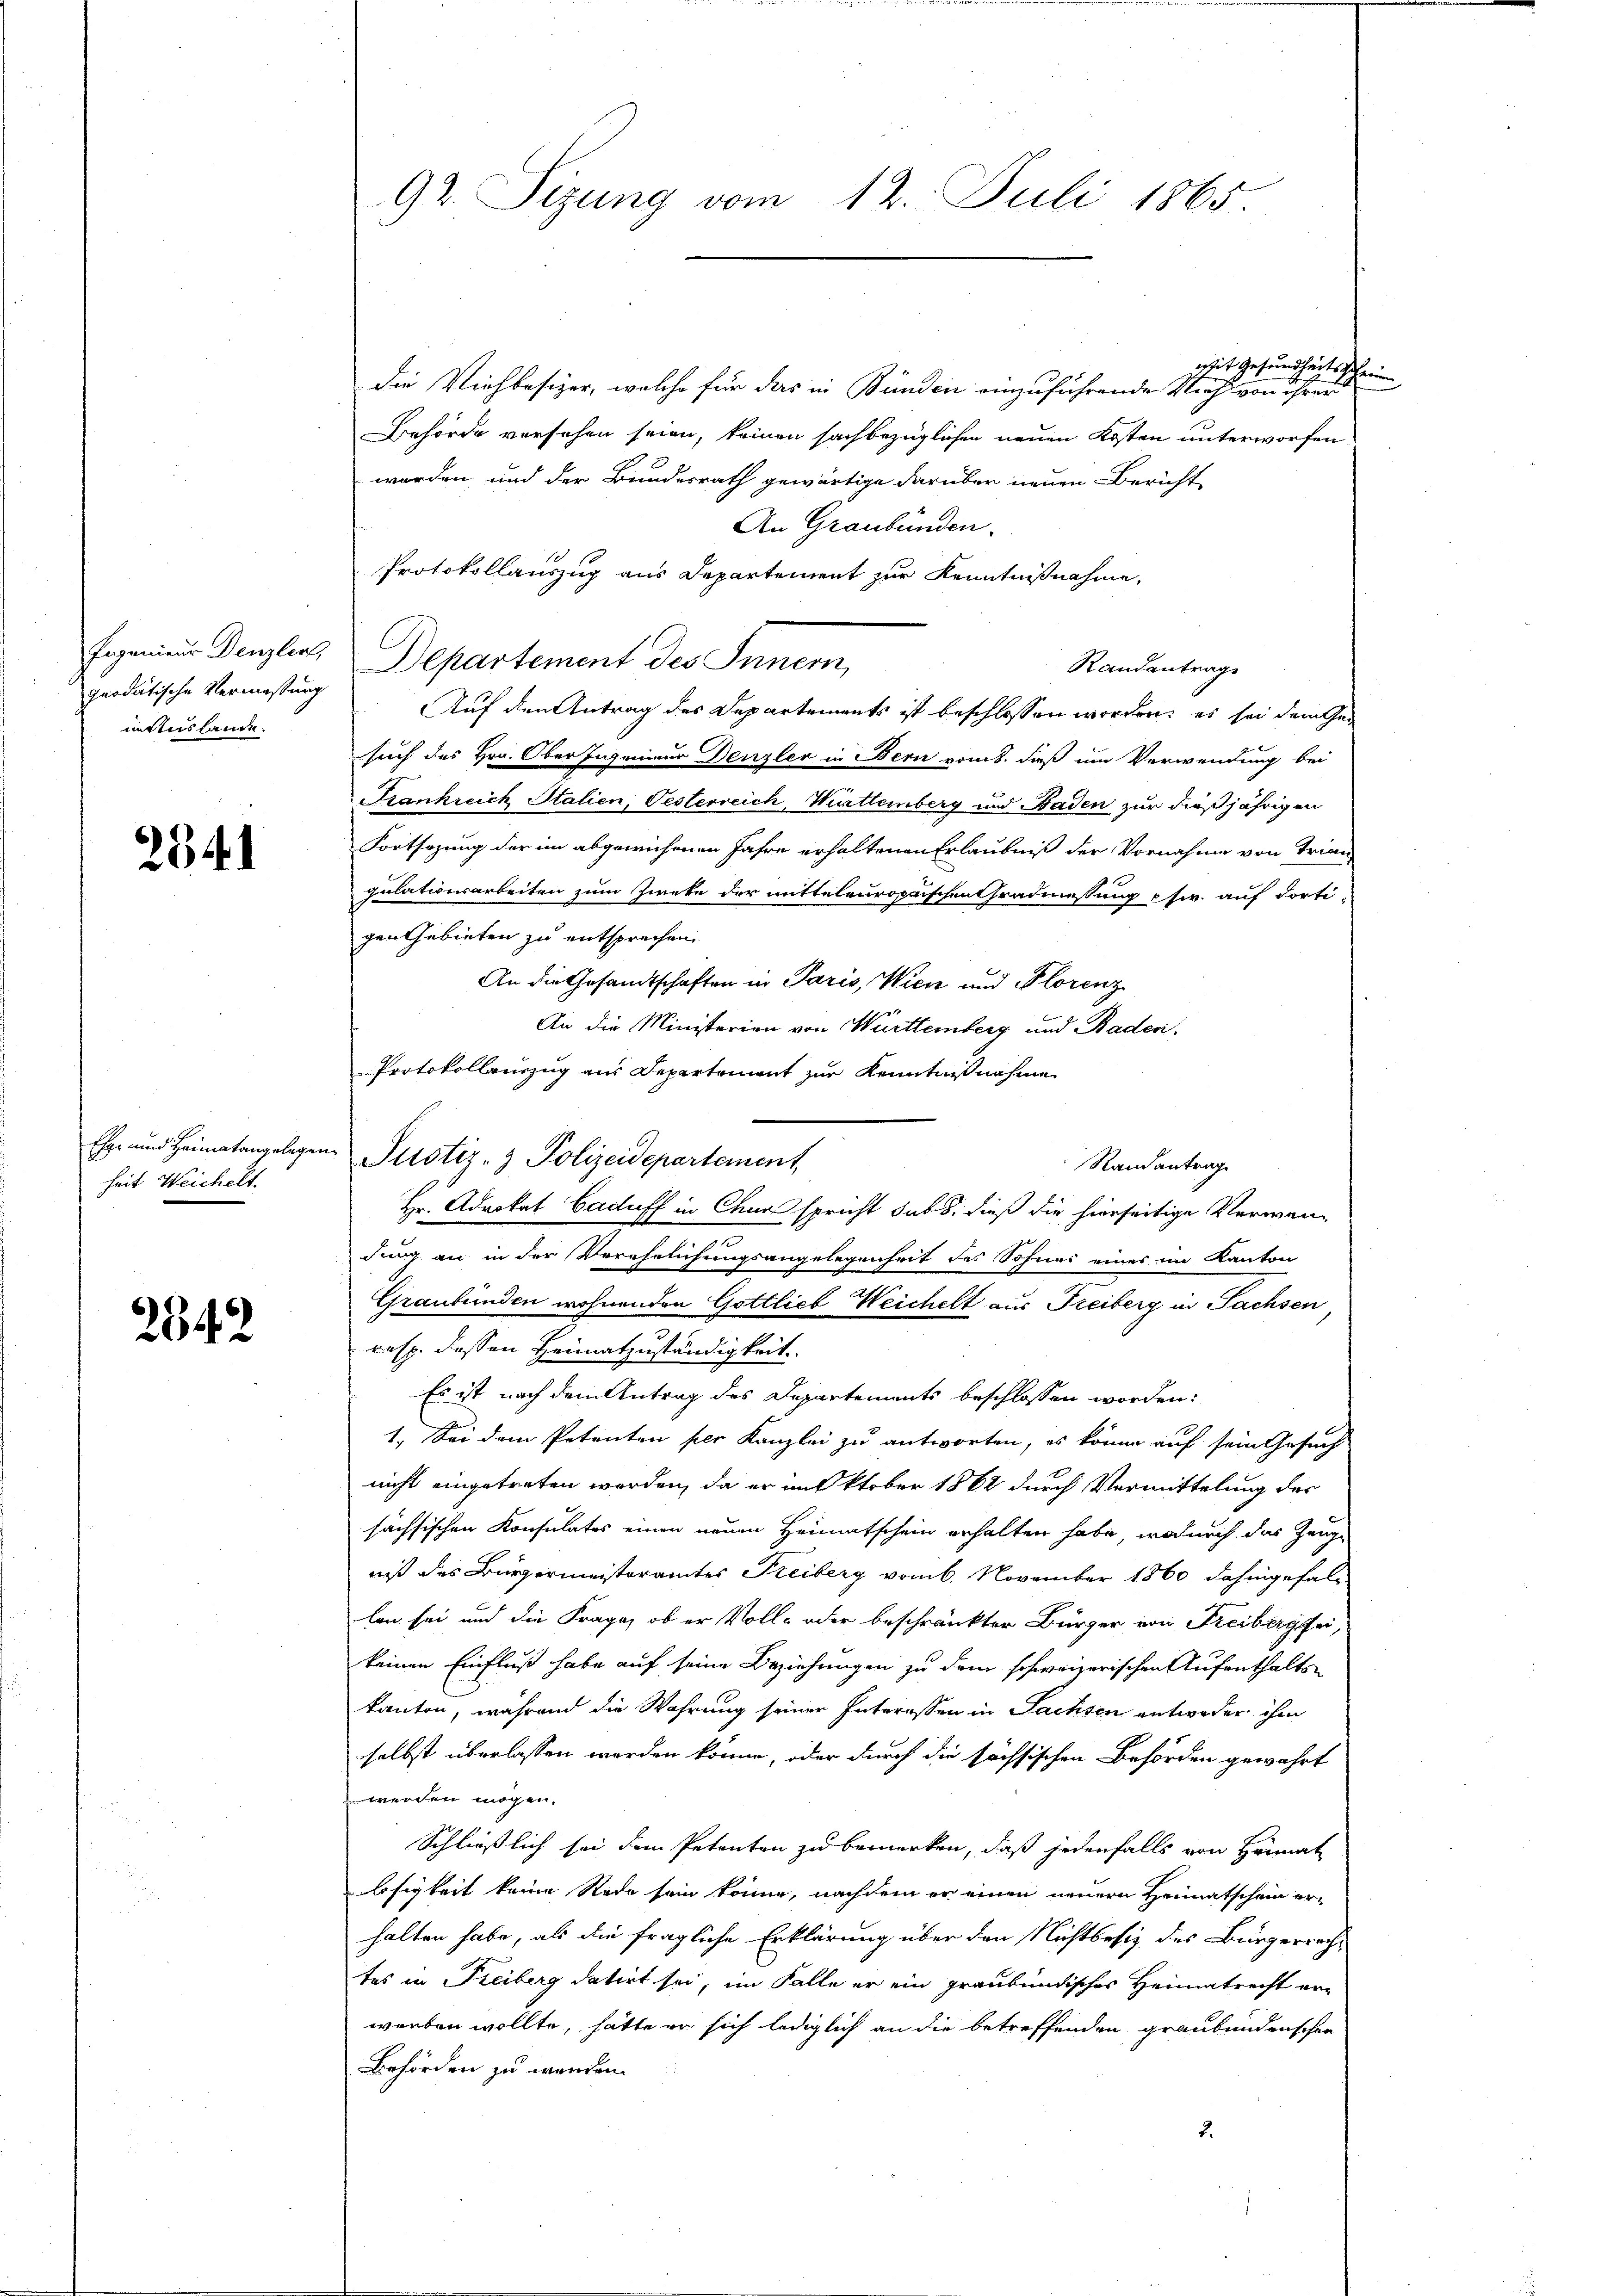
qeodatische Vermeßung
mans lande.

2541

heit Weichelt.

2342

Mit Gesundheitsscheine
Die Viehbesizer, welche für das in Bunden einzuführende Vieh von ihrer
Behörde versehen seien, keinen sachbezüglichen neuen Kosten unterworfen
werden, und der Bundesrath gewärtige darüber neuen Bericht
An Graubünden.
Protokollauszug aus Departement zur Kenntnißnahme,
Eigenieur Denzlers Departement des Innern,
Randantrag
Auf den Antrag des Departements ist beschlossen worden; es sei dem Gesuch des Hrn. Oberfigenieur Denzler in Bern vom 8. daß um Verwendung bei
Frankreich Italien, Oesterreich, Württemberg und Baden zur dießjährigen
Fortsezung der im abgewichenen Jahre erhaltenen Erlaubniß der Vornahme von Trien-
gulationsarbeiten zum Zweke der mitteleuropaischen Gradmessung usw. auf dorti-
gen Gebieten zu entsprechen.
An die Gesandtschaften in Paris, Wien und Plorenz
An die Ministerien von Württemberg und Baden.
Protokollenzug aus Departement zur Kenntnißnahme
Randantrag
Hr. Advokat Caduff in Chur spricht subs, dieß die hierseitige Verwen¬
7
dung an in der Verehrlichungsangelegenheit des Sohnes eines im Kanton
Graubünden wohnenden Gottlieb Weichelt aus Freiberg in Sachsen
resp. dessen Heimatzuständigkeit.
Es ist nach dem Antrag des Departements beschlossen worden:
1. Sei dem Petenten per Kanzlei zu antworten, es könne auf sein Gesuch
nicht eingetreten werden, da er im Oktober 1862 durch Vermittelung der
sächsischen Konsulates einen neuen Heimatschein erhalten habe, wodurch das Zeuge
niß des Bürgermeisteramtes Freiberg vom 6. November 1860 dahingefallen sei und die Frage, ob er Voll- oder beschränkter Bürger von Freiberg sei,
keinen Einfluß habe auf seine Beziehungen zu dem schweizerischen Aufenthalts-
kanton, während die Wahrung seiner Interessen in Sachsen entweder ihm
selbst überlassen werden könne, oder durch die sächsischen Behörden gewährt
werden mögen.
Schließlich sei dem Petenten zu bemerken, daß jedenfalls von Heimat
losigkeit keine Rede sein könne, nachdem er einen neuern Heimatschein er-
halten habe, als die fragliche Erklärung über den Nichtbesiz des Bürgerrechtes in Freiberg datirt sei, im Falle er ein graubündisches Heimatrecht erwerben wollte, hätte er sich lediglich an die betreffenden graubendenschen
Behörden zu werden.

92. Sizung vom 12. Juli 1865.

Ehe und Heimatangelegen Pustiz- & Polizeidepartement